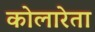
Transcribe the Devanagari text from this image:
कोलारेता